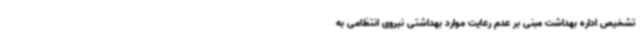
تشخیص اداره بهداشت مبنی بر عدم رعایت موارد بهداشتی نیروی انتظامی به